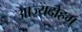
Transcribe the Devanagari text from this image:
आज्यदोहम्